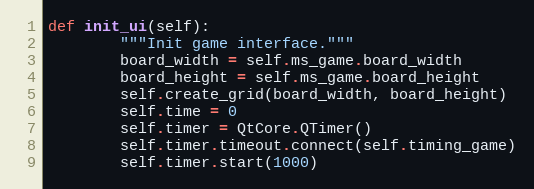
Language: Python
def init_ui(self):
        """Init game interface."""
        board_width = self.ms_game.board_width
        board_height = self.ms_game.board_height
        self.create_grid(board_width, board_height)
        self.time = 0
        self.timer = QtCore.QTimer()
        self.timer.timeout.connect(self.timing_game)
        self.timer.start(1000)